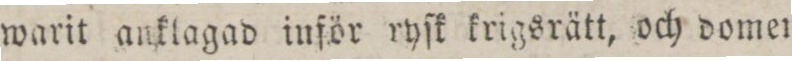
warit anklagad inför ryſk krigsrätt, och domen